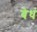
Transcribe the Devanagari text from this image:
बेधं